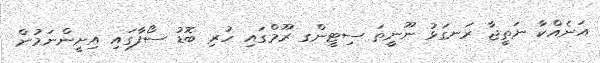
އަނެއްކާ ނަތީޖާ ރަނގަޅު ނޫނީތަ ސިޓީންގ ރޫމްގައި ހުރި ބޮޑު ސޯފާގައި އިށީންނަމުން